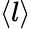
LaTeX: \left\langle l\right\rangle